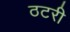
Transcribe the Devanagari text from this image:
ठटरी